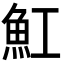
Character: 魟